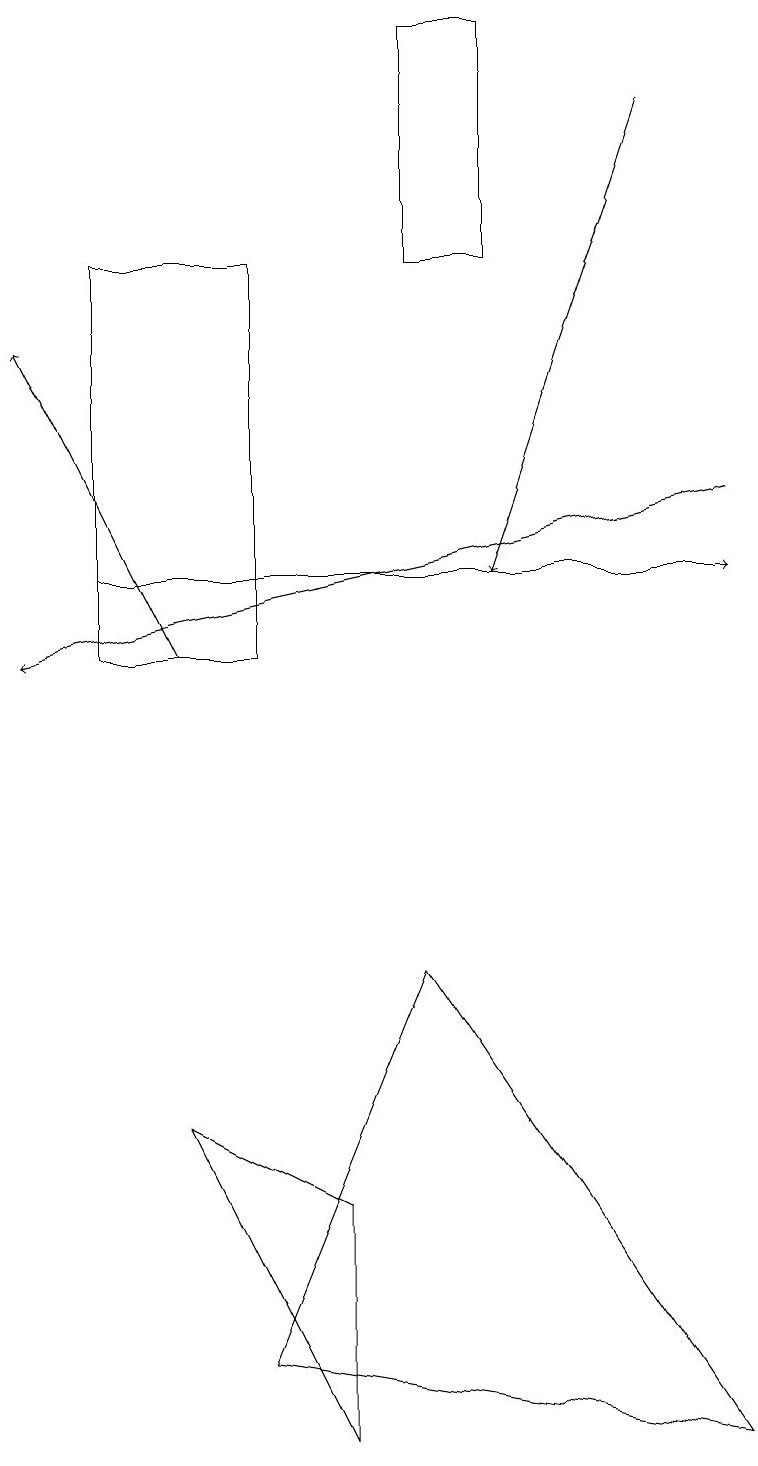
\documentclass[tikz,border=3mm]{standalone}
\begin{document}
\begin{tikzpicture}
\draw (9,1) -- (5,7) -- (3,2) -- cycle;
\draw (4,1) -- (4,4) -- (2,5) -- cycle;
\draw (1,11) rectangle (3,16);
\draw[->] (2,11) -- (0,15);
\draw[->] (8,18) -- (6,12);
\draw (6,19) rectangle (5,16);
\draw[->] (9,13) -- (0,11);
\draw[->] (1,12) -- (9,12);
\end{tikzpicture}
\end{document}